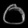
Digit: ၀